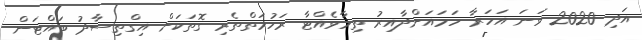
އަދި 2020 ވަނަ އަހަރާ ހަމައަށްދާއިރު ތިމާވެއްޓާ ރަހުމަތްތެރި ގޮތަކަށް އިގްތިސާދު ބައްޓަން